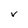
Character: V